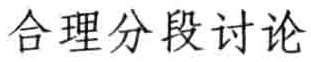
合理分段讨论